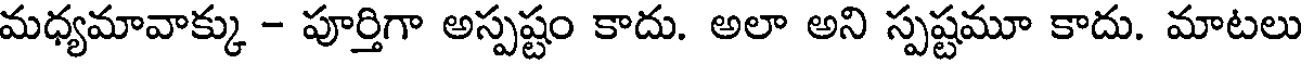
మధ్యమావాక్కు - పూర్తిగా అస్పష్టం కాదు. అలా అని స్పష్టమూ కాదు. మాటలు